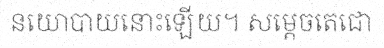
នយោបាយនោះឡើយ។ សម្តេចតេជោ